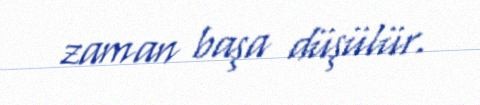
zaman başa düşülür.